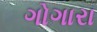
ગોગારા